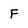
Character: F